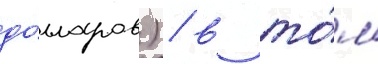
до́лларов) / в то́м